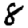
Digit: 8